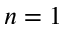
n = 1